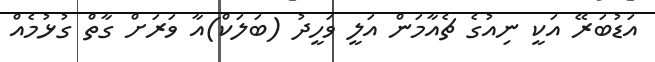
އަޑުބަރޭ އަކީ ނިއުގެ ޗެއާމަން އަލީ ވަހީދު (ބަލަކް)އާ ވަރަށް ގާތް ގުޅުމެއް